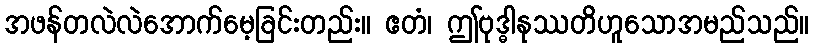
အဖန်တလဲလဲအောက်မေ့ခြင်းတည်း။ ဧတံ၊ ဤဗုဒ္ဓါနုဿတိဟူသောအမည်သည်။